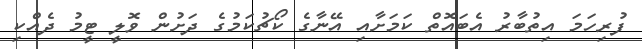
ފުރިހަމަ އިތުބާރު އެބައޮތް ކަމަށާއި އޭނާގެ ކޯޗުކަމުގެ ދަށުން ވޮލީ ޓީމު ދެއްކި